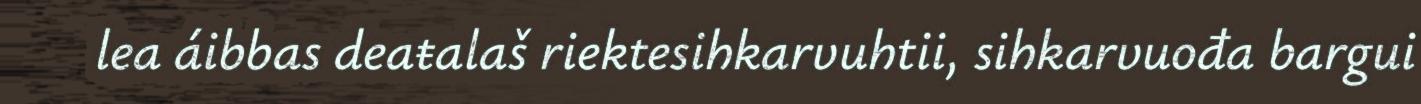
lea áibbas deaŧalaš riektesihkarvuhtii, sihkarvuođa bargui